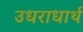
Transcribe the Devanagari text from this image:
उधराधार्थ